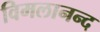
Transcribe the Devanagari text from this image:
विमलानन्द